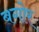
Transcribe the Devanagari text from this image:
बगोर